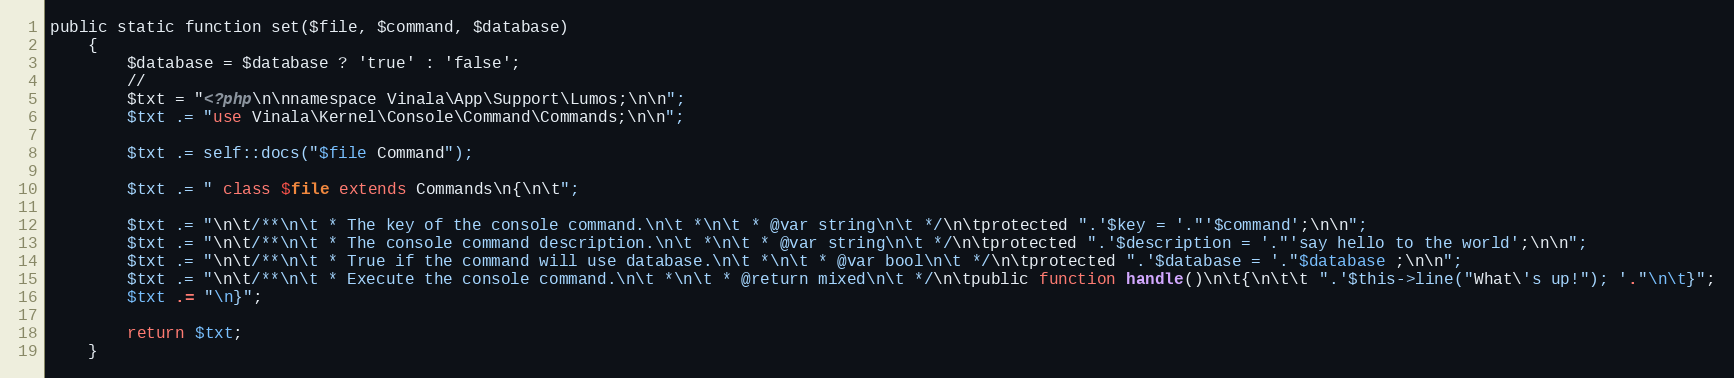
Language: PHP
public static function set($file, $command, $database)
    {
        $database = $database ? 'true' : 'false';
        //
        $txt = "<?php\n\nnamespace Vinala\App\Support\Lumos;\n\n";
        $txt .= "use Vinala\Kernel\Console\Command\Commands;\n\n";

        $txt .= self::docs("$file Command");

        $txt .= " class $file extends Commands\n{\n\t";

        $txt .= "\n\t/**\n\t * The key of the console command.\n\t *\n\t * @var string\n\t */\n\tprotected ".'$key = '."'$command';\n\n";
        $txt .= "\n\t/**\n\t * The console command description.\n\t *\n\t * @var string\n\t */\n\tprotected ".'$description = '."'say hello to the world';\n\n";
        $txt .= "\n\t/**\n\t * True if the command will use database.\n\t *\n\t * @var bool\n\t */\n\tprotected ".'$database = '."$database ;\n\n";
        $txt .= "\n\t/**\n\t * Execute the console command.\n\t *\n\t * @return mixed\n\t */\n\tpublic function handle()\n\t{\n\t\t ".'$this->line("What\'s up!"); '."\n\t}";
        $txt .= "\n}";

        return $txt;
    }